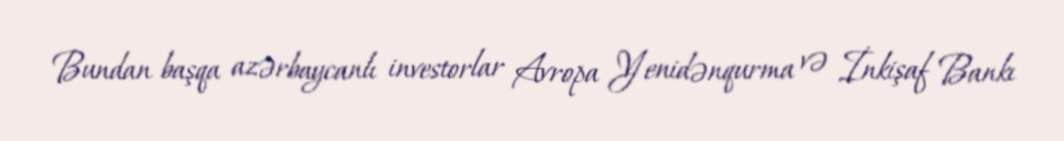
Bundan başqa azərbaycanlı investorlar Avropa Yenidənqurma və İnkişaf Bankı